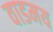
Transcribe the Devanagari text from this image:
वाडमय